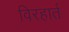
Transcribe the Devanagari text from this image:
विरहार्त